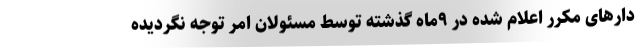
دارهای مکرر اعلام شده در ۹ماه گذشته توسط مسئولان امر توجه نگردیده